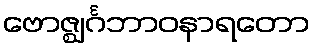
ဗောဇ္ဈင်္ဂဘာဝနာရတော